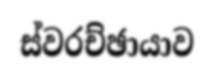
ස්වරච්ඡායාව